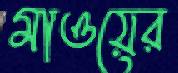
মাওয়ের